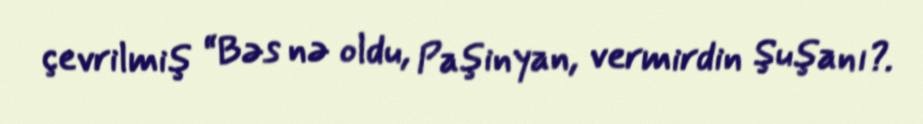
çevrilmiş “Bəs nə oldu, Paşinyan, vermirdin Şuşanı?.